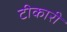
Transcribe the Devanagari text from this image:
टीकारी